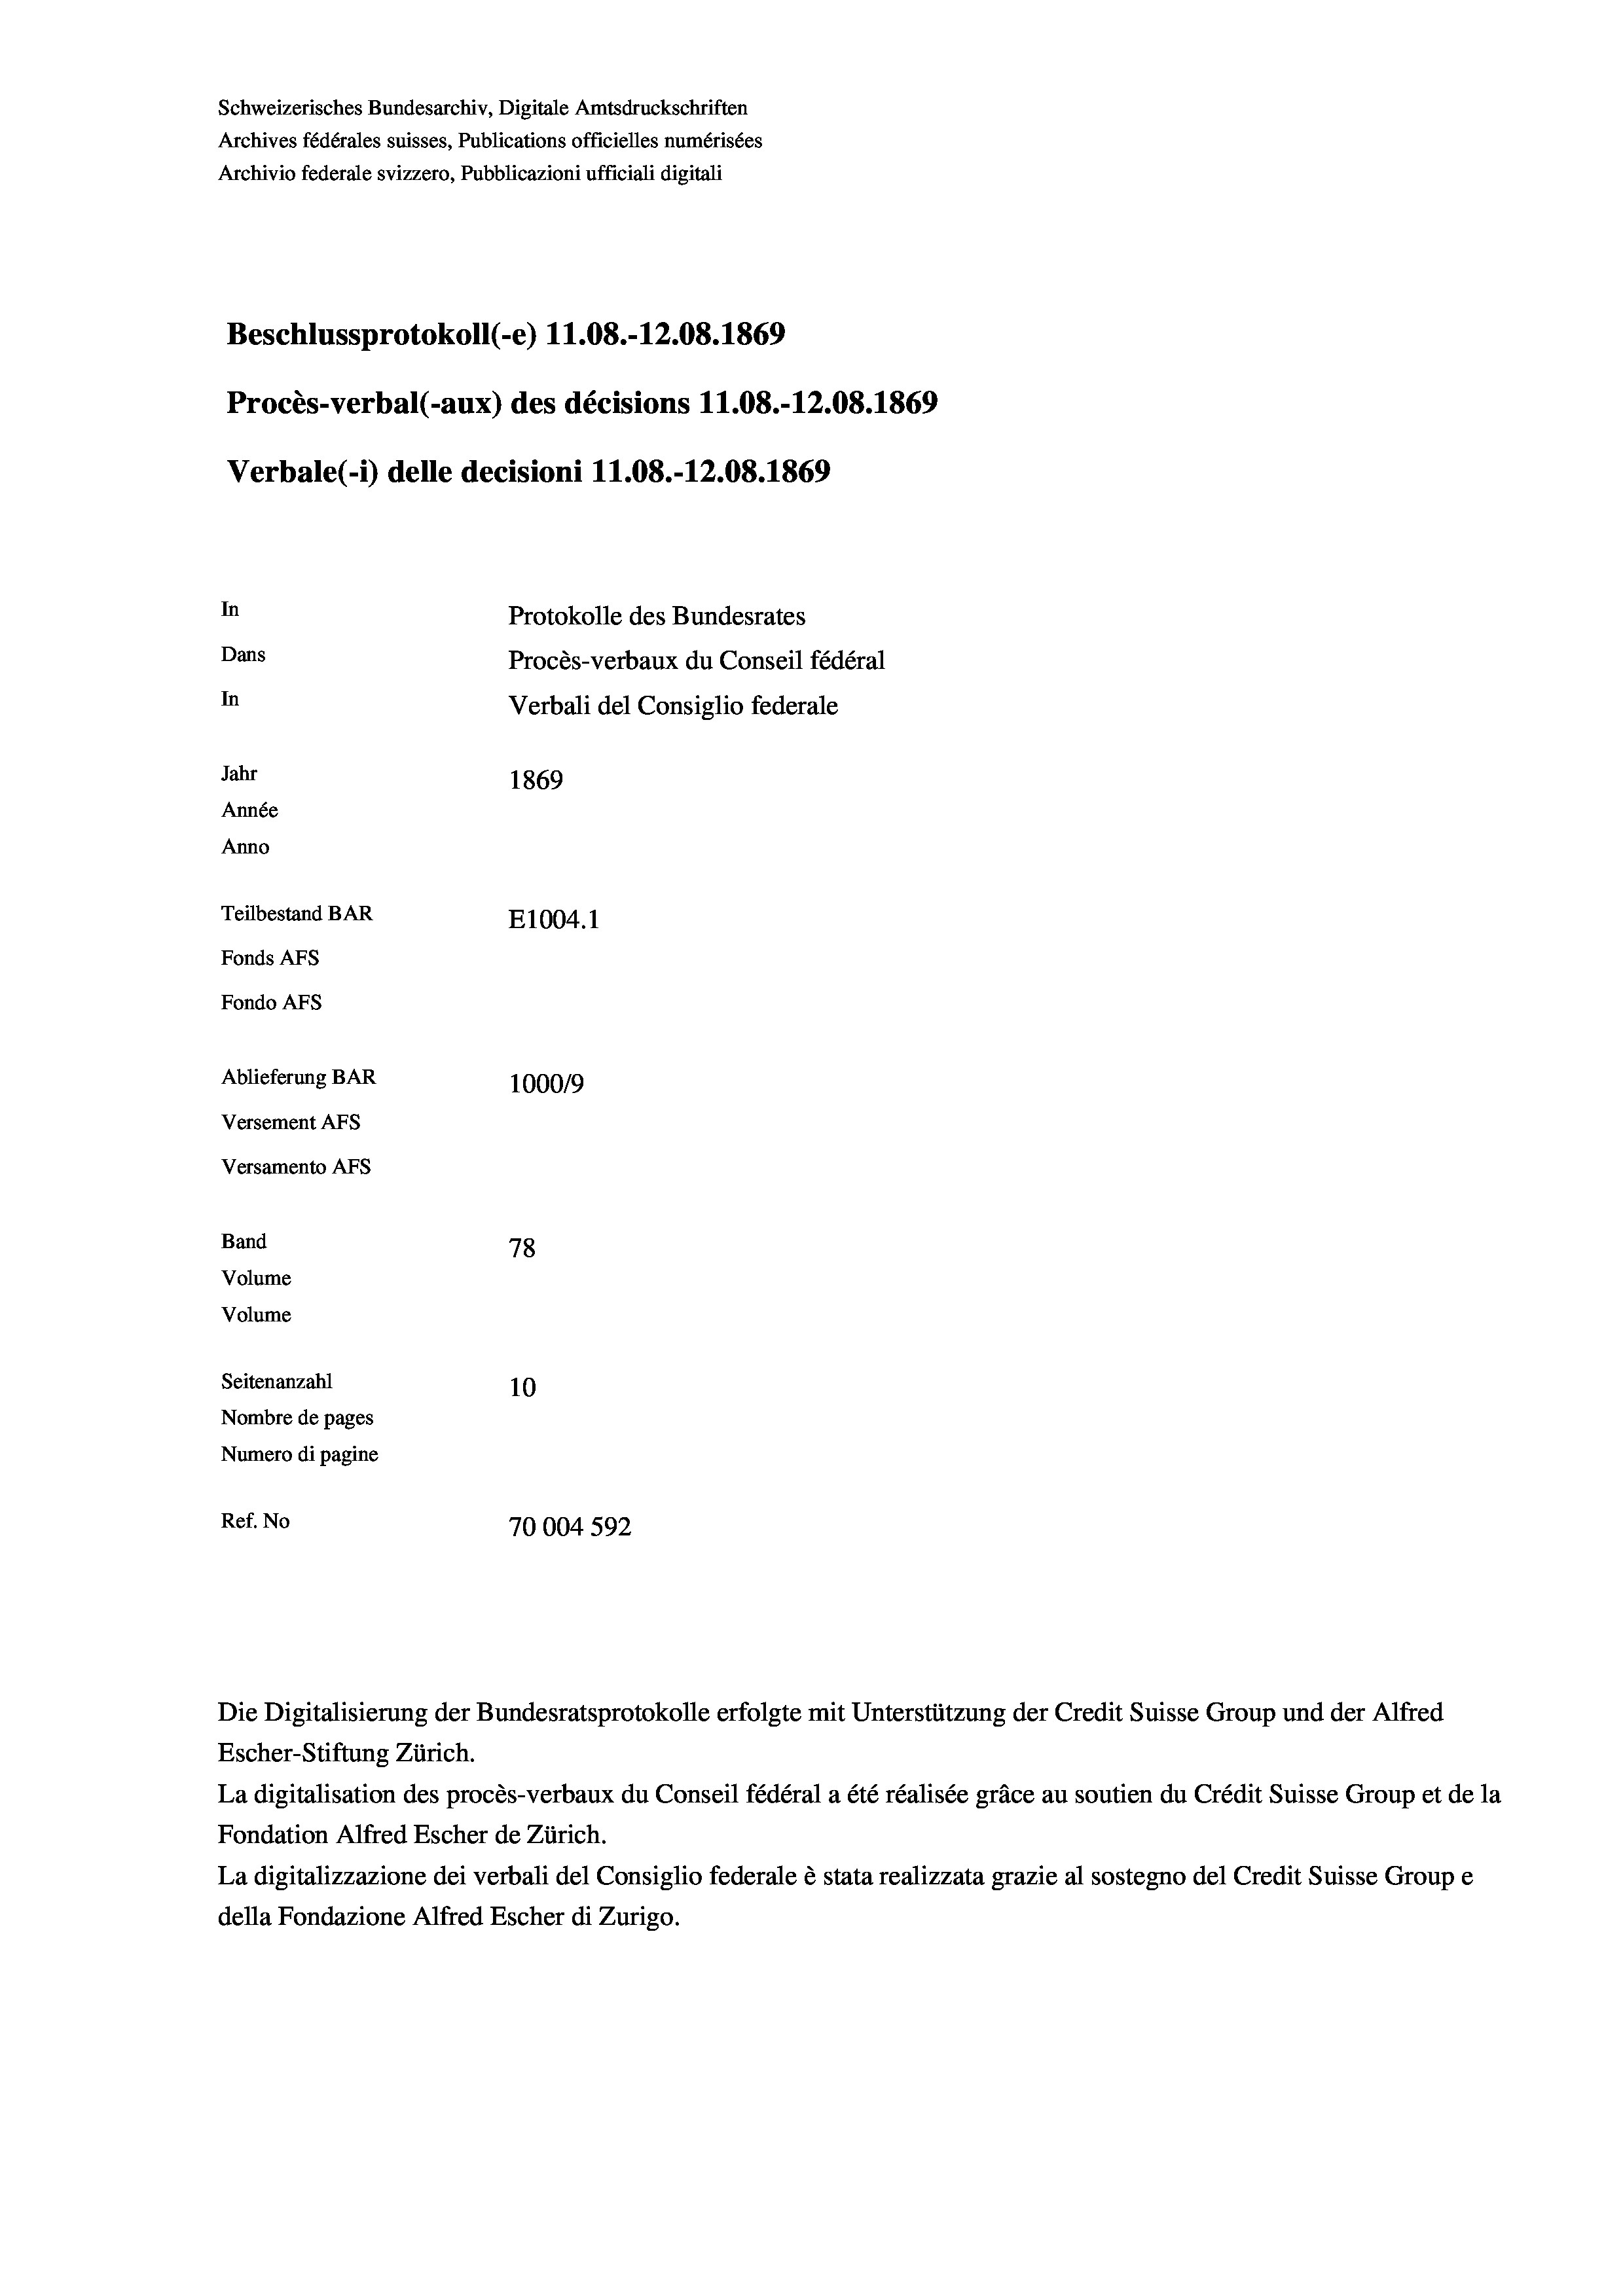
Schweizerisches Bundesarchiv, Digitale Amtsdruckschriften
Archives fédérales suisses, Publications officielles numérisées
Archivio federale svizzero, Pubblicazioni ufficiali digitali
Beschlussprotokoll (-e) 11.08.-12.08. 1869
Procès-verbal (-aux) des décisions 11.08.-12.08. 1869
Verbale(-*) delle decisioni 11.08.-12.08. 1869
In
Protokolle des Bundesrates
Dans
Procès-verbaux du Conseil fédéral
In
Verbali del Consiglio federale
Jahr
1869
Année
Anno
Teilbestand BAR
E1004.1
Fonds AFs
Fondo AFS
Ablieferung BAR
100019
Versement AFs
Versamento AFs
Band
78
Volume
Volume

Seitenanzahl
10
Nombre de pages
Numero di pagine
Ref. No
70004 592

Escher-Stiftung Zürich.
La digitalisation des procès-verbaux du Conseil fédéral a été réalisée gräce au soutien du Crédit Suisse Group et de la
Fondation Alfred Escher de Zürich.
La digitalizzazione dei verbali del Consiglio federale è stata realizzata grazie al sostegno del Credit Suisse Groupe
della Fondazione Alfred Escher di Zurigo.

Die Digitalisierung der Bundesratsprotokolle erfolgte mit Unterstützung der Credit Suisse Group und der Alfred